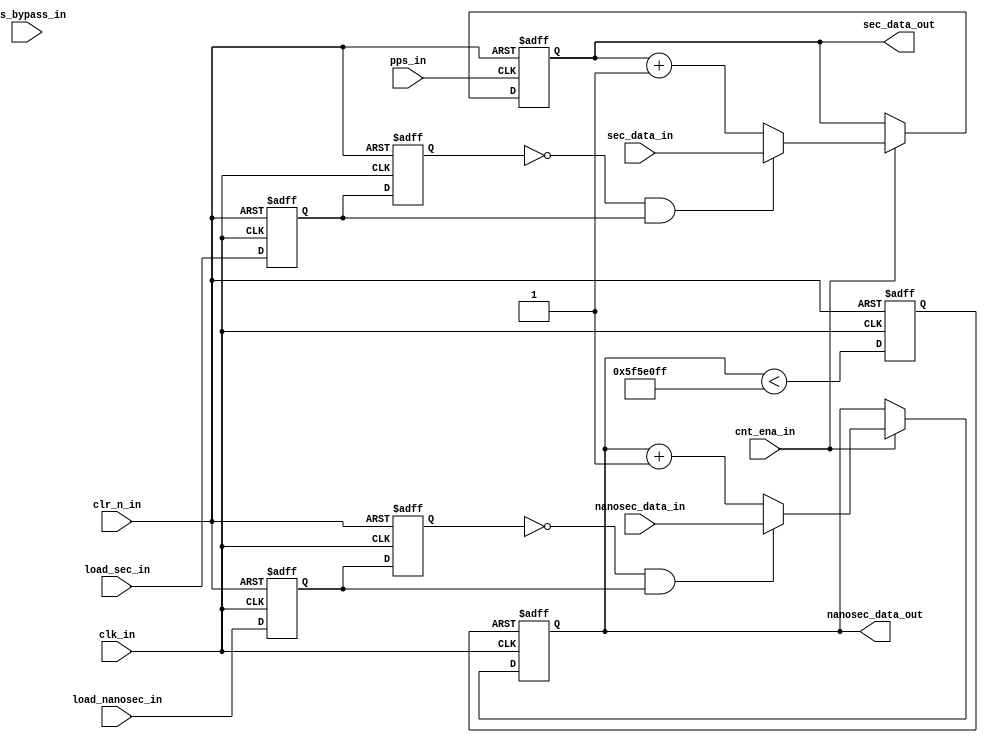
module tai_counter(
input	[63:0]		sec_data_in,	
input	[31:0]		nanosec_data_in,
input				pps_in, 		
input				clk_in, 		
input				cnt_ena_in, 	
input				pps_bypass_in,	
input				clr_n_in, 		
input				load_sec_in,	
input				load_nanosec_in,
output	[63:0]		sec_data_out,	
output	[31:0]		nanosec_data_out
);
reg		[63:0]		seconds;						
reg		[31:0]		nanoseconds;					
reg					load_sec_l, load_sec_p;			
reg					load_nanosec_l, load_nanosec_p;	
wire				nano_counter_carry;				
reg					nano_counter_clr;
parameter SYSCLK_FREQ = 32'd100_000_000; 
assign	nano_counter_carry = (nanoseconds < SYSCLK_FREQ - 1) ? 1'b0:1'b1;
always @ (posedge clk_in or negedge clr_n_in)
begin
	if (!clr_n_in) begin
		nano_counter_clr <= 0;
	end
	else begin
		nano_counter_clr <= !(nano_counter_carry);
	end
end
assign sec_data_out = seconds;
assign nanosec_data_out = nanoseconds;
always @ (posedge clk_in or negedge clr_n_in)
begin
	if (!clr_n_in) begin
		load_sec_l <= 0;
		load_sec_p <= 0;
		load_nanosec_l <= 0;
		load_nanosec_p <= 0;
	end
	else begin
		load_sec_l <= load_sec_p;
		load_sec_p <= load_sec_in;
		load_nanosec_l <= load_nanosec_p;
		load_nanosec_p <= load_nanosec_in;
	end
end
always @ (posedge clk_in or negedge nano_counter_clr)
begin
	if (!nano_counter_clr) begin
		nanoseconds <= 32'b0;
	end
	else if (!cnt_ena_in) begin	
		nanoseconds <= nanoseconds;
	end
	else if ((load_nanosec_l == 0) && (load_nanosec_p == 1)) begin	
		nanoseconds <= nanosec_data_in;
	end
	else begin
		nanoseconds <= nanoseconds + 1'b1;
	end
end
always @ (posedge pps_in or negedge clr_n_in)
begin
	if (!clr_n_in) begin
		seconds <= 0;
	end
	else if (!cnt_ena_in) begin
		seconds <= seconds;
	end
	else if ((load_sec_l == 0) && (load_sec_p == 1)) begin
		seconds <= sec_data_in;
	end
	else begin
		seconds <= seconds + 1'b1;
	end
end
endmodule